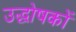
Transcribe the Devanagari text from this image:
उद्धोषकों